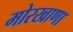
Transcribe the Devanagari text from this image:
मोरखाणा